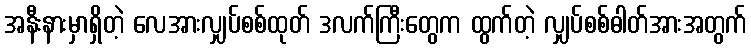
အနီးနားမှာရှိတဲ့ လေအားလျှပ်စစ်ထုတ် ဒလက်ကြီးတွေက ထွက်တဲ့ လျှပ်စစ်ဓါတ်အားအတွက်